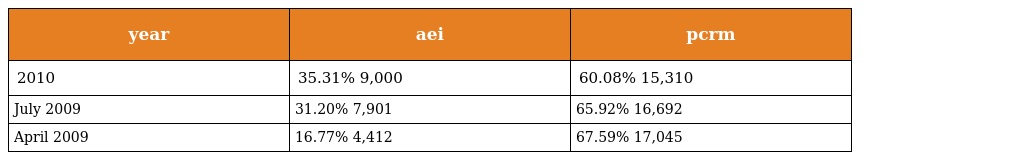
| year | aei | pcrm |
 | --- | --- | --- |
 | 2010 | 35.31% 9,000 | 60.08% 15,310 |
 | July 2009 | 31.20% 7,901 | 65.92% 16,692 |
 | April 2009 | 16.77% 4,412 | 67.59% 17,045 |